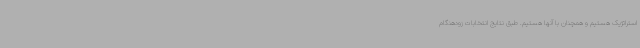
استراتژیک هستیم و همچنان با آنها هستیم. طبق نتایج انتخابات زودهنگام